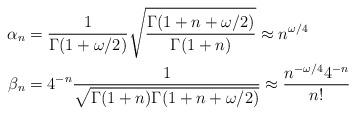
LaTeX: \begin{align*} \alpha_{n}&=\frac{1}{\Gamma(1+\omega/2)}\sqrt{\frac{\Gamma(1+n+\omega/2)}{\Gamma(1+n)}}\approx n^{\omega/4}\\ \beta_{n}&=4^{-n}\frac{1}{\sqrt{\Gamma(1+n)\Gamma(1+n+\omega/2)}}\approx \frac{n^{-\omega/4} 4^{-n}}{n!} \end{align*}